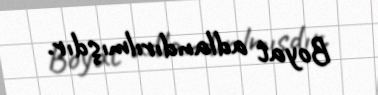
Boyat adlandırılmışdır.